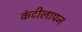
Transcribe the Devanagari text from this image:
कंटीलापन